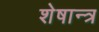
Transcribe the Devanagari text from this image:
शेषान्त्र